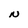
Character: N